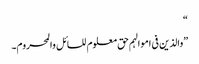
“
”والذین فی اموالہم حق معلوم للسائل والمحروم۔